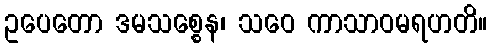
ဥပေတော ဒမသစ္စေန၊ သဝေ ကာသာဝမရဟတိ။